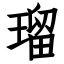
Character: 瑠